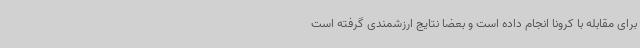
برای مقابله با کرونا انجام داده است و بعضا نتایج ارزشمندی گرفته است